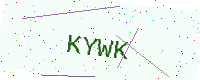
Text: KYWK